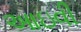
આઇવી